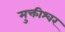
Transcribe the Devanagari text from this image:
मुक्तीश्वर